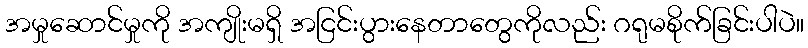
အမှုဆောင်မှုကို အကျိုးမရှိ အငြင်းပွားနေတာတွေကိုလည်း ဂရုမစိုက်ခြင်းပါပဲ။